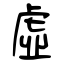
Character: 虛